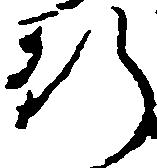
行